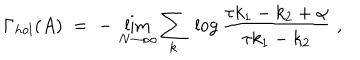
\Gamma _ { h o l } ( A ) \; = \; - \, \lim _ { N \to \infty } \sum _ { k } \; \log \frac { \tau k _ { 1 } - k _ { 2 } + \alpha } { \tau k _ { 1 } - k _ { 2 } } \; ,